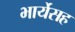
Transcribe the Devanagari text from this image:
भार्येसह